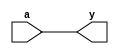
module buffergate (y,a);  
input a;
output y;
assign y = a;
endmodule